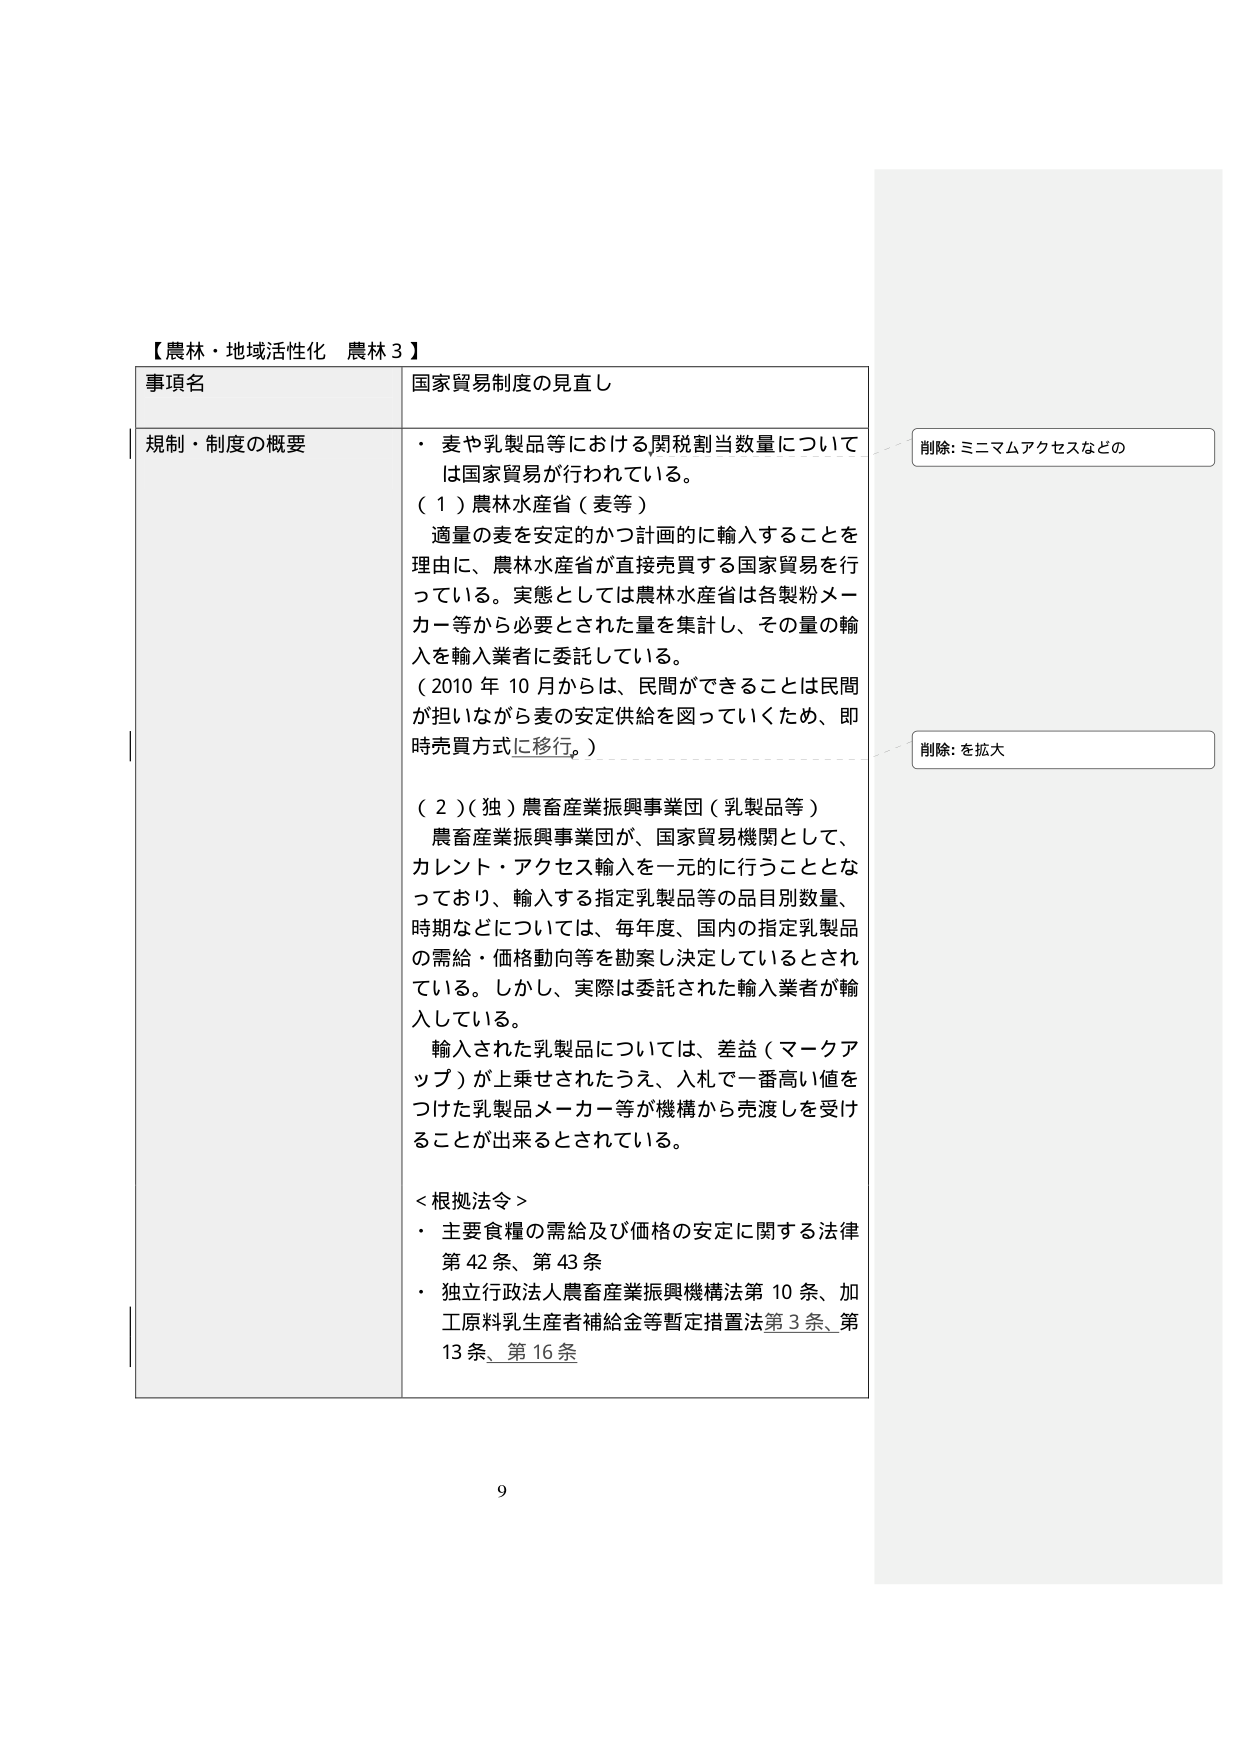
【農林・地域活性化 農林３】

事項名 国家貿易制度の見直し

規制・制度の概要
・ 麦や乳製品等における関税割当数量については国家貿易が行われている。
（１）農林水産省（麦等）
　適量の麦を安定的かつ計画的に輸入することを理由に、農林水産省が直接売買する国家貿易を行っている。実態としては農林水産省は各製粉メーカー等から必要とされた量を集計し、その量の輸入を輸入業者に委託している。
　（2010年10月からは、民間ができることは民間が担いながら麦の安定供給を図っていくため、即時売買方式に移行。）

（２）（独）農畜産業振興事業団（乳製品等）
　農畜産業振興事業団が、国家貿易機関として、カレント・アクセス輸入を一元的に行うこととなっており、輸入する指定乳製品等の品目別数量、時期などについては、毎年度、国内の指定乳製品の需給・価格動向等を勘案し決定しているとされている。しかし、実際は委託された輸入業者が輸入している。
　輸入された乳製品については、差益（マークアップ）が上乗せされたうえ、入札で一番高い値をつけた乳製品メーカー等が機構から売渡しを受けることが出来るとされている。

＜根拠法令＞
・ 主要食糧の需給及び価格の安定に関する法律 第42条、第43条
・ 独立行政法人農畜産業振興機構法第10条、加工原料乳生産者補給金等暫定措置法第3条、第13条、第16条

削除: ミニマムアクセスなどの
削除: を拡大

9